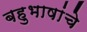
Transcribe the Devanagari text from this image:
बहुभाषांचे